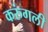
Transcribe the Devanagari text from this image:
करुंगली